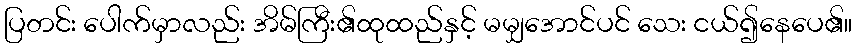
ပြတင်း ပေါက်မှာလည်း အိမ်ကြီး၏ထုထည်နှင့် မမျှအောင်ပင် သေး ငယ်၍နေပေ၏။